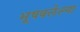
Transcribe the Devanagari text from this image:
भूषवलेल्या